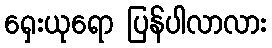
ရှေးယုရော ပြန်ပါလာလား